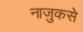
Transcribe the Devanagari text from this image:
नाजुकसे